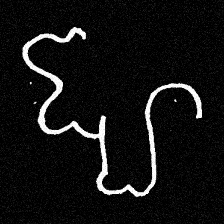
Pyu character \u2014 Myanmar letter: ဈ (romanized: jha)